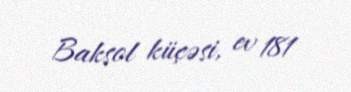
Baksol küçəsi, ev 181